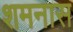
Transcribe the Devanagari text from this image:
शमनास